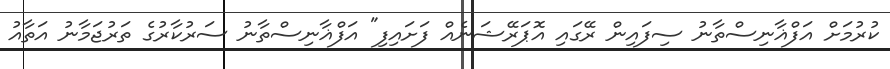
ކުރުމަށް އަފްޣާނިސްތާނު ސިފައިން ރޭގައި އޮޕަރޭޝަނެއް ފަށައިފި" އަފްޣާނިސްތާނު ސަރުކާރުގެ ތަރުޖަމާނު އަތާއު